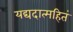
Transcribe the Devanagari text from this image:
यद्यदात्महितं